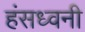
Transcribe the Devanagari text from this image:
हंसध्वनी